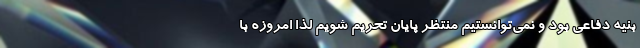
بنیه دفاعی بود و نمی‌توانستیم منتظر پایان تحریم شویم لذا امروزه با